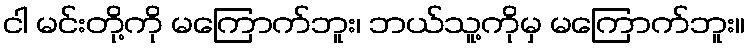
ငါ မင်းတို့ကို မကြောက်ဘူး၊ ဘယ်သူ့ကိုမှ မကြောက်ဘူး။